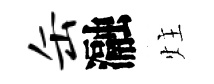
缶瀜炷